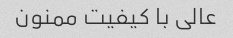
عالی با کیفیت ممنون